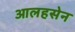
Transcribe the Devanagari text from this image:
आलहसेन